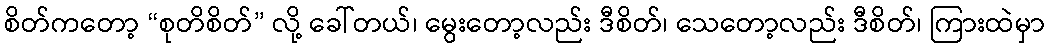
စိတ်ကတော့ “စုတိစိတ်” လို့ ခေါ်တယ်၊ မွေးတော့လည်း ဒီစိတ်၊ သေတော့လည်း ဒီစိတ်၊ ကြားထဲမှာ